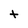
Character: t